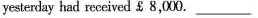
yesterday hd received$8,000.______